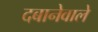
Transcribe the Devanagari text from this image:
दबानेवाले